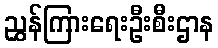
ညွှန်ကြားရေးဦးစီးဌာန